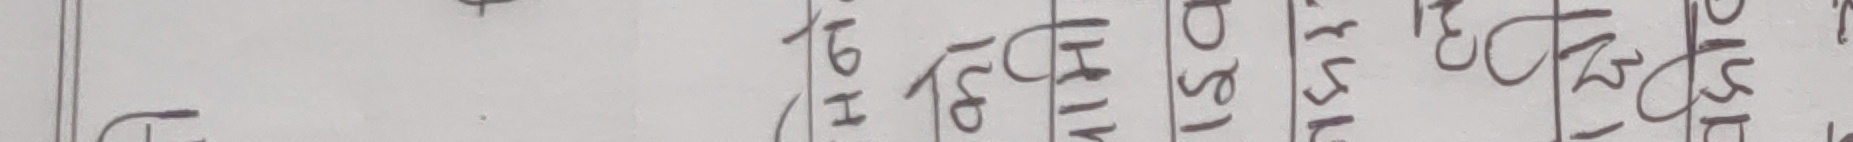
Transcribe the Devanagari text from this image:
१ ठ प ब र ५ ट ७ क भ स २ ख ३ ग प स ८ र ३ ल ठ र